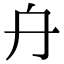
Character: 𠔾